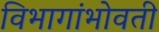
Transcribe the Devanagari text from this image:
विभागांभोवती